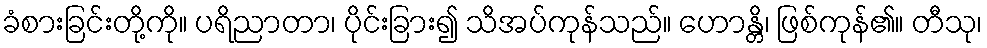
ခံစားခြင်းတို့ကို။ ပရိညာတာ၊ ပိုင်းခြား၍ သိအပ်ကုန်သည်။ ဟောန္တိ၊ ဖြစ်ကုန်၏။ တီသု၊